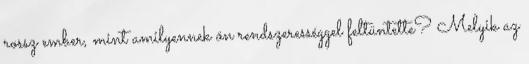
rossz ember, mint amilyennek ön rendszerességgel feltüntette? Melyik az